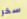
سخر